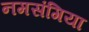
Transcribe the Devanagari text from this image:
नमसंगिया